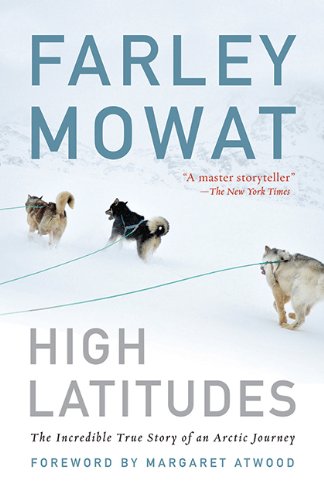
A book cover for High Latitudes: The Incredible True Story of an Arctic Journey; Farley Mowat; Biographies & Memoirs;